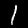
Label: 1